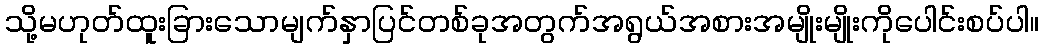
သို့မဟုတ်ထူးခြားသောမျက်နှာပြင်တစ်ခုအတွက်အရွယ်အစားအမျိုးမျိုးကိုပေါင်းစပ်ပါ။